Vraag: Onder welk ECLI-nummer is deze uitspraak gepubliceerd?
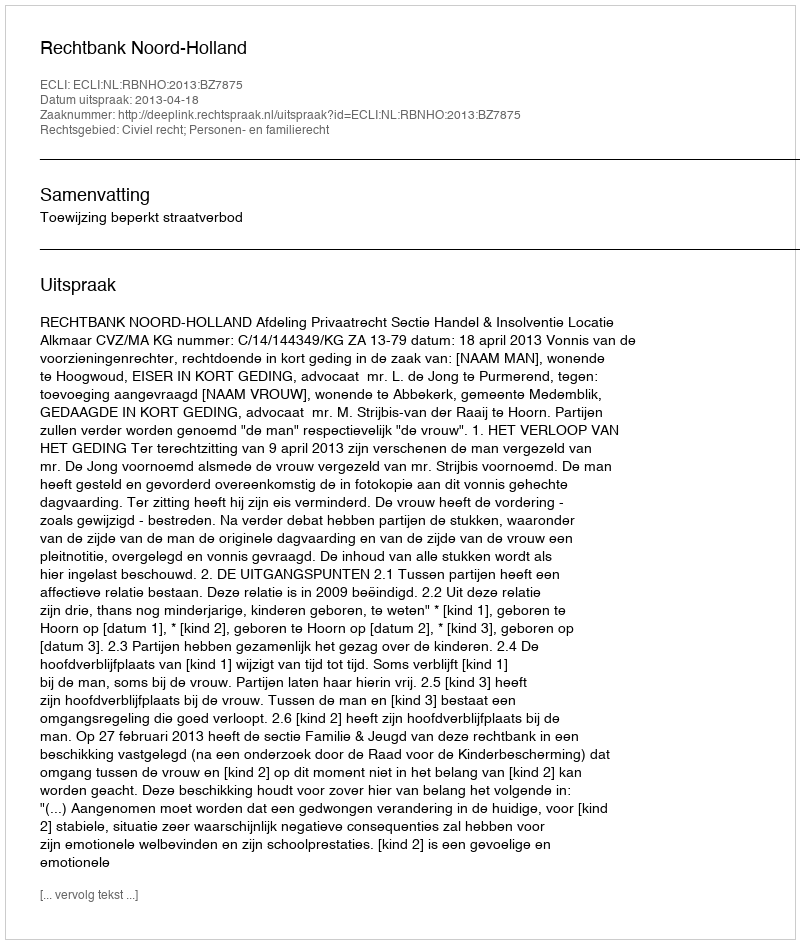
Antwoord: ECLI:NL:RBNHO:2013:BZ7875